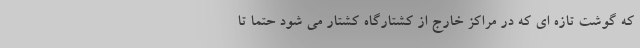
که گوشت تازه ای که در مراکز خارج از کشتارگاه کشتار می شود حتما تا